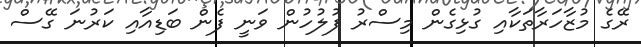
ރޭގެ މުޒާހަރާތަކާއި ގުޅިގެން މިސްރު ފުލުހުން ވަނީ ފެން ބަޑިއާއި ކަރުނަ ގޭސް